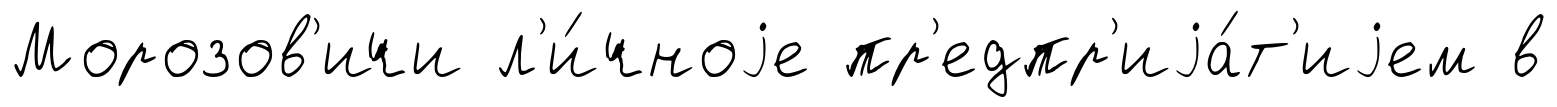
Морозов'ичи л'и́чноjе пр'едпр'иjа́т'иjем в